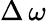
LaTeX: \Delta\, \omega